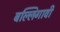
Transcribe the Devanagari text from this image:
बल्लिगावी